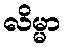
လိမ္မာ